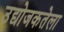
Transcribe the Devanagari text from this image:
उद्योजकतेला